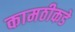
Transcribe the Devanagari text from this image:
कामठीकडे